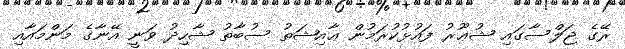
ރޭގެ ޖަލްސާގައި ޝުޢޫރު ފައުޅުކުރަމުން ޢާއިޝަތު ސުބާތު ޝާހިދު ވަނީ އޭނާގެ މަންމައާއި